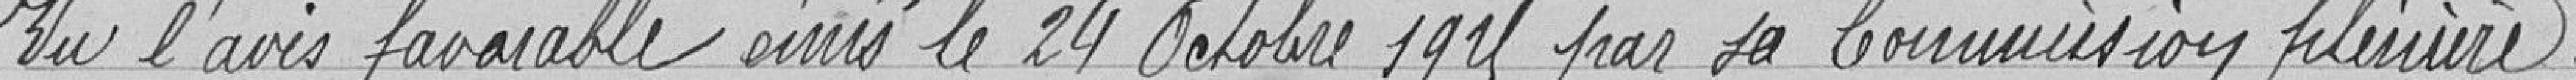
Vu l'avis favorable émis le 24 octobre 1925 par sa commission plénière.